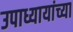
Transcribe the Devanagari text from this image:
उपाध्यायांच्या